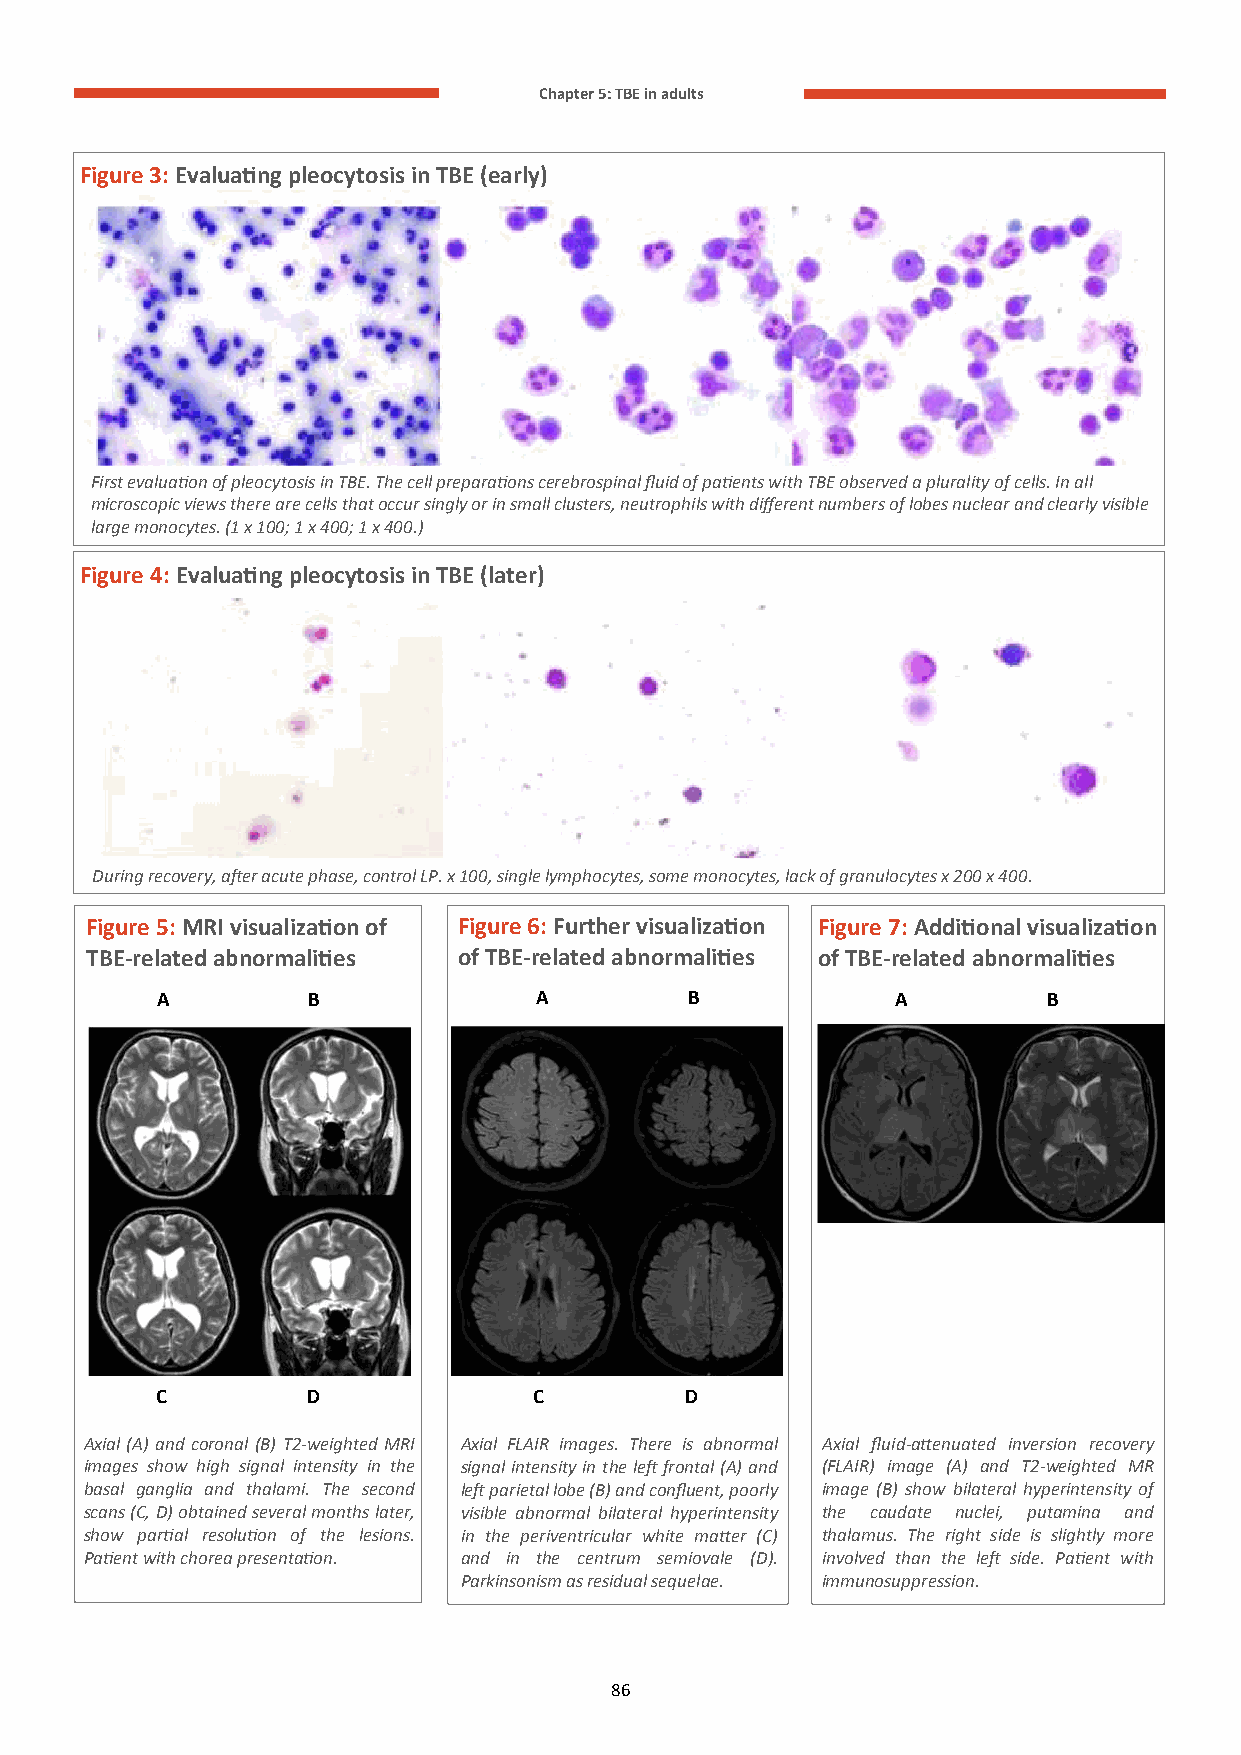
Chapter 5: TBE in adults
 Figure 3: Evaluating pleocytosis in TBE (early)
 First evaluation of pleocytosis in TBE. The cell preparations cerebrospinal fluid of patients with TBE observed a plurality of cells. In all
 microscopic views there are cells that occur singly or in small clusters, neutrophils with different numbers of lobes nuclear and clearly visible
 large monocytes. (1 x 100; 1 x 400; 1 x 400.)
 Figure 4: Evaluating pleocytosis in TBE (later)
 During recovery, after acute phase, control LP. x 100, single lymphocytes, some monocytes, lack of granulocytes x 200 x 400.
 Figure 5: MRI visualization of Figure 6: Further visualization Figure 7: Additional visualization
 TBE-related abnormalities of TBE-related abnormalities of TBE-related abnormalities
 A         B              A         B             A         B
 C         D              C         D
 Axial (A) and coronal (B) T2-weighted MRI Axial FLAIR images. There is abnormal Axial fluid-attenuated inversion recovery
 images show high signal intensity in the signal intensity in the left frontal (A) and (FLAIR) image (A) and T2-weighted MR
 basal ganglia and thalami. The second left parietal lobe (B) and confluent, poorly image (B) show bilateral hyperintensity of
 scans (C, D) obtained several months later, visible abnormal bilateral hyperintensity the caudate nuclei, putamina and
 show partial resolution of the lesions. in the periventricular white matter (C) thalamus. The right side is slightly more
 Patient with chorea presentation. and in the centrum semiovale (D). involved than the left side. Patient with
 Parkinsonism as residual sequelae. immunosuppression.
 86